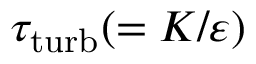
\tau _ { \mathrm { { t u r b } } } ( = K / \varepsilon )